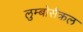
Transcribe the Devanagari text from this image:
लुम्बोसैक्रल